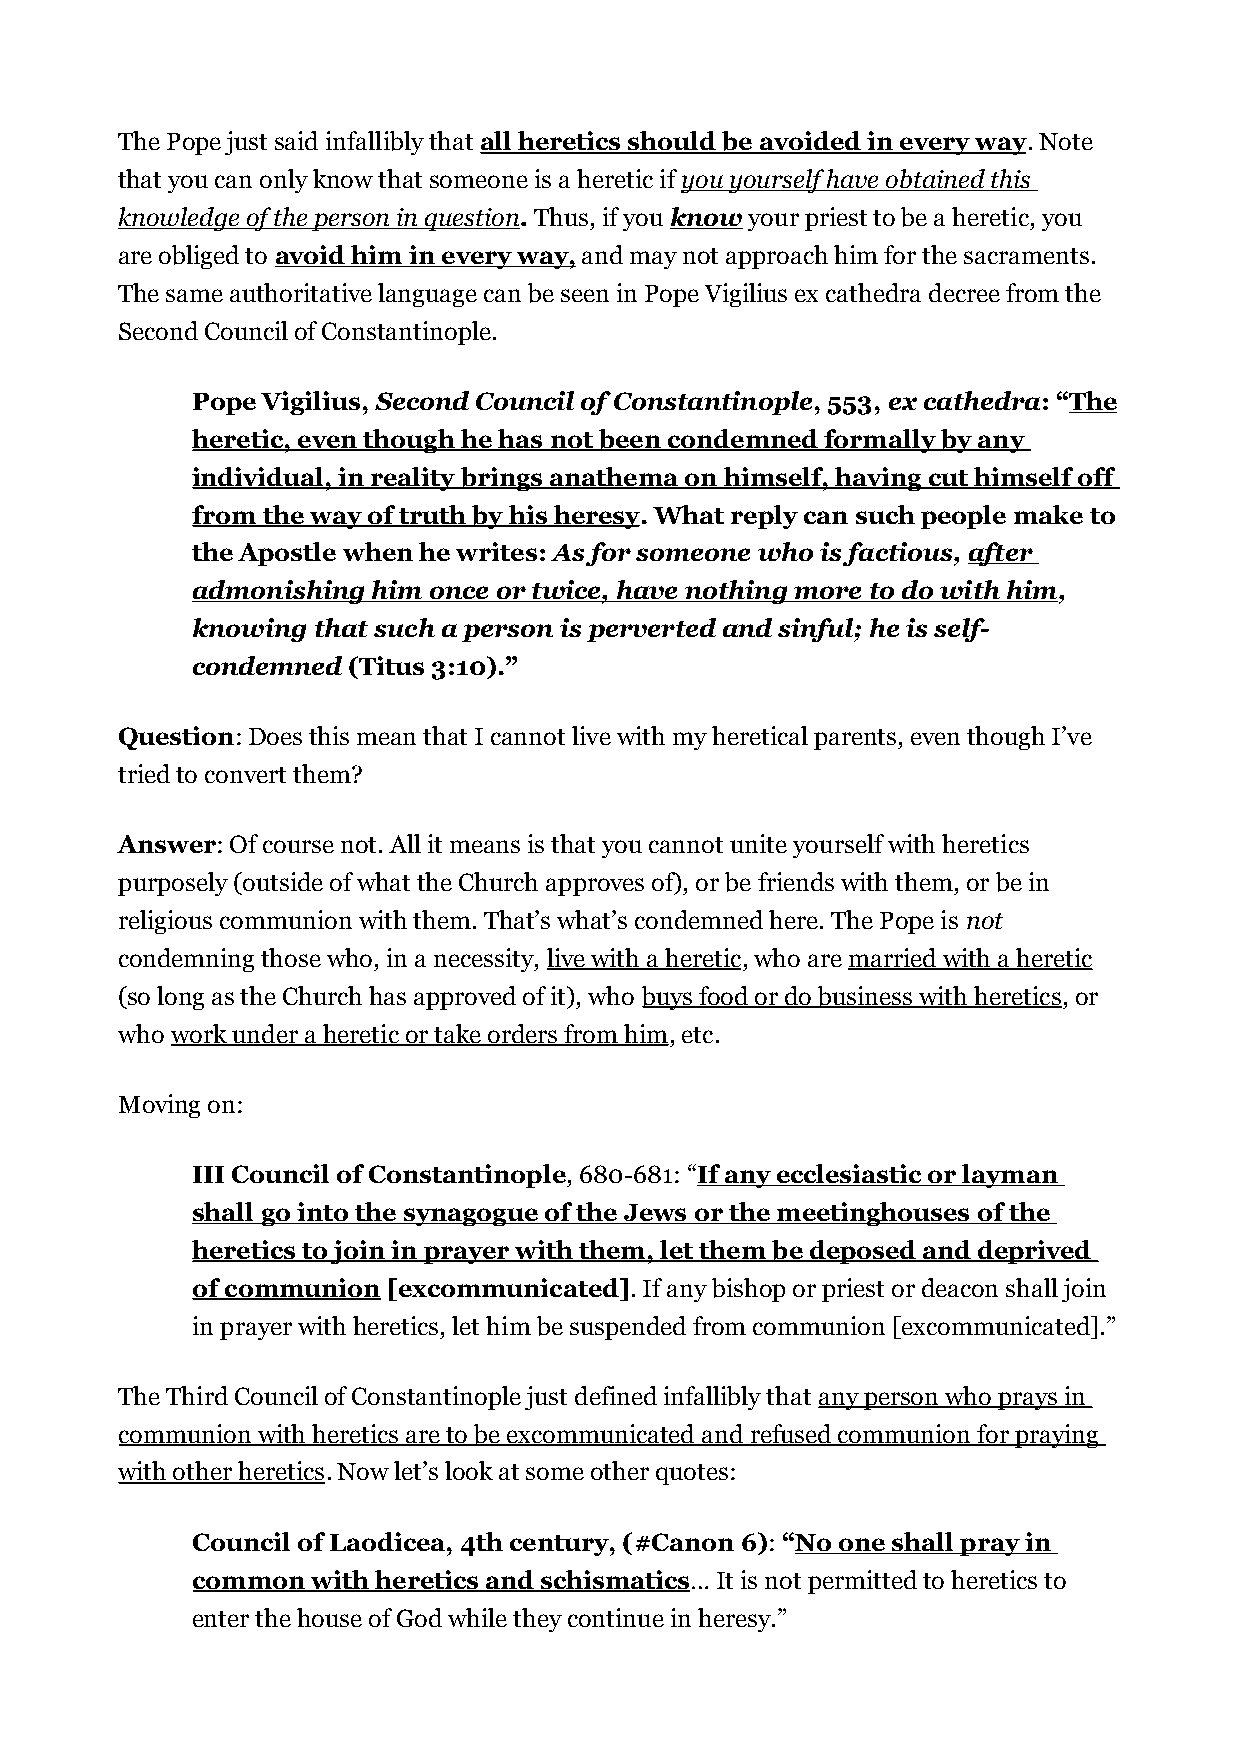
The Pope just said infallibly that all heretics should be avoided in every way. Note
 that you can only know that someone is a heretic if you yourself have obtained this
 knowledge of the person in question. Thus, if you know your priest to be a heretic, you
 are obliged to avoid him in every way, and may not approach him for the sacraments.
 The same authoritative language can be seen in Pope Vigilius ex cathedra decree from the
 Second Council of Constantinople.
 Pope Vigilius, Second Council of Constantinople, 553, ex cathedra: “The
 heretic, even though he has not been condemned formally by any
 individual, in reality brings anathema on himself, having cut himself off
 from the way of truth by his heresy. What reply can such people make to
 the Apostle when he writes: As for someone who is factious, after
 admonishing him once or twice, have nothing more to do with him,
 knowing that such a person is perverted and sinful; he is self-
 condemned (Titus 3:10).”
 Question: Does this mean that I cannot live with my heretical parents, even though I’ve
 tried to convert them?
 Answer: Of course not. All it means is that you cannot unite yourself with heretics
 purposely (outside of what the Church approves of), or be friends with them, or be in
 religious communion with them. That’s what’s condemned here. The Pope is not
 condemning those who, in a necessity, live with a heretic, who are married with a heretic
 (so long as the Church has approved of it), who buys food or do business with heretics, or
 who work under a heretic or take orders from him, etc.
 Moving on:
 III Council of Constantinople, 680-681: “If any ecclesiastic or layman
 shall go into the synagogue of the Jews or the meetinghouses of the
 heretics to join in prayer with them, let them be deposed and deprived
 of communion [excommunicated]. If any bishop or priest or deacon shall join
 in prayer with heretics, let him be suspended from communion [excommunicated].”
 The Third Council of Constantinople just defined infallibly that any person who prays in
 communion with heretics are to be excommunicated and refused communion for praying
 with other heretics. Now let’s look at some other quotes:
 Council of Laodicea, 4th century, (#Canon 6): “No one shall pray in
 common  with heretics and schismatics… It is not permitted to heretics to
 enter the house of God while they continue in heresy.”